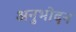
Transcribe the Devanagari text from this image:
अनुभोदन